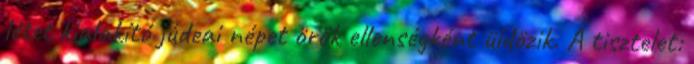
létet kialakító júdeai népet örök ellenségként üldözik. A tisztelet: